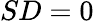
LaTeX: SD=0